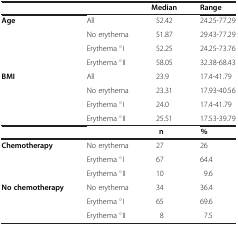
|  |  | Median | Range |
 | --- | --- | --- | --- |
 | Age | All | 52.42 | 24.25-77.29 |
 |  | No erythema | 51.87 | 29.43-77.29 |
 |  | Erythema °I | 52.25 | 24.25-73.76 |
 |  | Erythema °II | 58.05 | 32.38-68.43 |
 | BMI | All | 23.9 | 17.4-41.79 |
 |  | No erythema | 23.31 | 17.93-40.56 |
 |  | Erythema °I | 24.0 | 17.4-41.79 |
 |  | Erythema °II | 25.51 | 17.53-39.79 |
 |  |  | n | % |
 | Chemotherapy | No erythema | 27 | 26 |
 |  | Erythema °I | 67 | 64.4 |
 |  | Erythema °II | 10 | 9.6 |
 | No chemotherapy | No erythema | 34 | 36.4 |
 |  | Erythema °I | 65 | 69.6 |
 |  | Erythema °II | 8 | 7.5 |